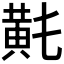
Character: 𪎴